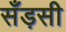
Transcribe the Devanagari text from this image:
सँड़सी